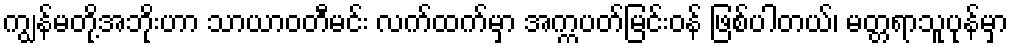
ကျွန်မတို့အဘိုးဟာ သာယာဝတီမင်း လက်ထက်မှာ အက္ကပတ်မြင်းဝန် ဖြစ်ပါတယ်၊ မတ္တရာသူပုန်မှာ